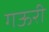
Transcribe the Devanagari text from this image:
गऊरी